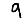
Digit: 9